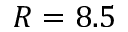
R = 8 . 5